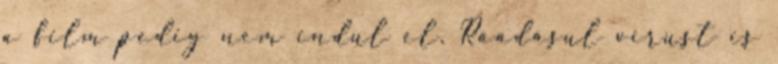
a film pedig nem indul el. Ráadásul vírust is